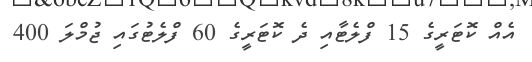
އެއް ކޮޓަރީގެ 15 ފްލެޓާއި ދެ ކޮޓަރީގެ 60 ފްލެޓުގައި ޖުމްލަ 400